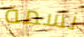
نسمة